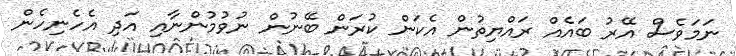
ނަމަވެސް އޭރު ބައެއް ރައްޔިތުން އެކަން ކުރަން ބޭނުން ނުވުމުންނާއި އަދި އެހެނިހެން